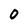
Character: 0